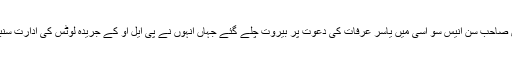
فیض صاحب سن انیس سو اسی میں یاسر عرفات کی دعوت پر بیروت چلے گئے جہاں انہوں نے پی ایل او کے جریدہ لوٹس کی ادارت سنبھالی۔